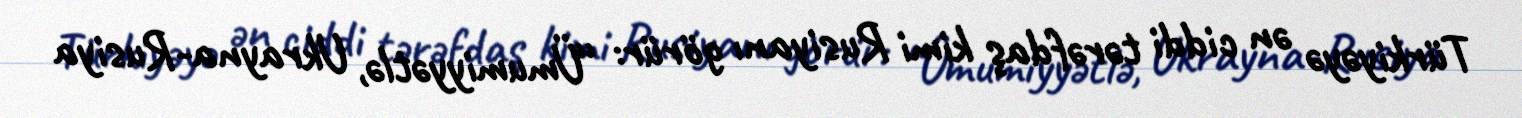
Türkiyəyə ən ciddi tərəfdaş kimi Rusiyanı görür: “Ümumiyyətlə, Ukrayna-Rusiya